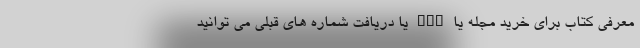
معرفی کتاب برای خرید مجله یا PDF یا دریافت شماره های قبلی می توانید